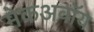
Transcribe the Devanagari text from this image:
मेकअवॉय